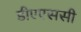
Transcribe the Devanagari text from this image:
डीएएससी